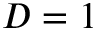
D = 1